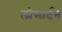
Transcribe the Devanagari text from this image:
लोसार्टन